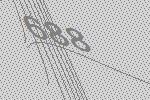
688